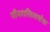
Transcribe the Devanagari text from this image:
यौनशक्तिवर्धक